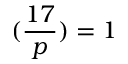
( { \frac { 1 7 } { p } } ) = 1